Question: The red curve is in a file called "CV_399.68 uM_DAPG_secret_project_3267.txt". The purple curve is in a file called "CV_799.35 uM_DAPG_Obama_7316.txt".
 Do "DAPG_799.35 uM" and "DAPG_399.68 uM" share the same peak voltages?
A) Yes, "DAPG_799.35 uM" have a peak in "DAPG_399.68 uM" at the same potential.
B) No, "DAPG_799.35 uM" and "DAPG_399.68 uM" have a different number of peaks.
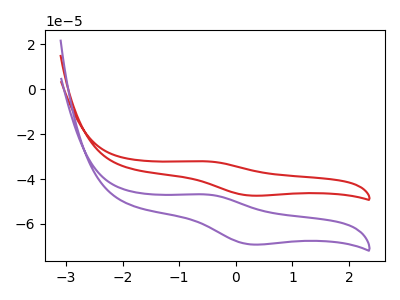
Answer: <think>The red curve "DAPG_399.68 uM" has an anodic peak at (-0.55V, -32.15uA) and a cathodic peak at (0.25V, -47.40uA). The purple curve "DAPG_799.35 uM" has an anodic peak at (-0.55V, -46.90uA) and a cathodic peak at (0.25V, -69.15uA).</think>
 <answer>A) Yes, "DAPG_799.35 uM" have a peak in "DAPG_399.68 uM" at the same potential.</answer>
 <eval>A</eval>